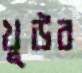
খুউব